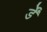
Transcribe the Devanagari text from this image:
र्डें